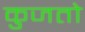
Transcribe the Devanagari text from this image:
कुजतो